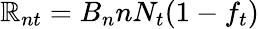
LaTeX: \mathbb{R}_{nt}=B_{n}nN_{t}(1-f_{t})